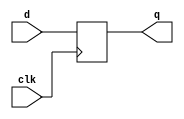
module top_module (
    input clk,    // Clocks are used in sequential circuits
    input d,
    output reg q );//

    always @(posedge clk) begin
        q <= d;
    end

endmodule